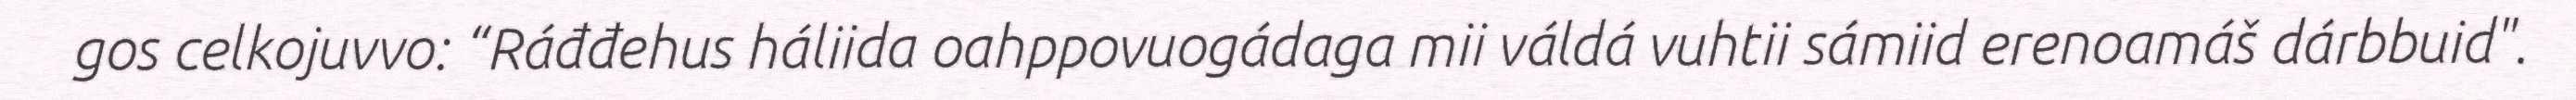
gos celkojuvvo: “Ráđđehus háliida oahppovuogádaga mii váldá vuhtii sámiid erenoamáš dárbbuid".